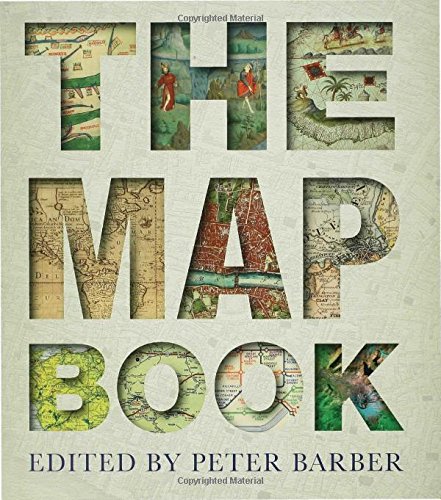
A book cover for The Map Book; History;